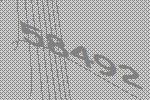
58492